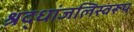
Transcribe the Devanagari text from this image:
श्रद्धांजलिस्वरूप